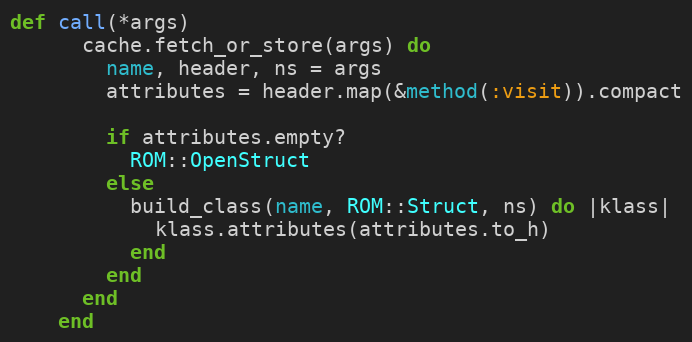
Language: Ruby
def call(*args)
      cache.fetch_or_store(args) do
        name, header, ns = args
        attributes = header.map(&method(:visit)).compact

        if attributes.empty?
          ROM::OpenStruct
        else
          build_class(name, ROM::Struct, ns) do |klass|
            klass.attributes(attributes.to_h)
          end
        end
      end
    end